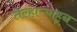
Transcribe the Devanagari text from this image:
तेल्हाऱ्याहून